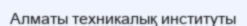
Алматы техникалық институты